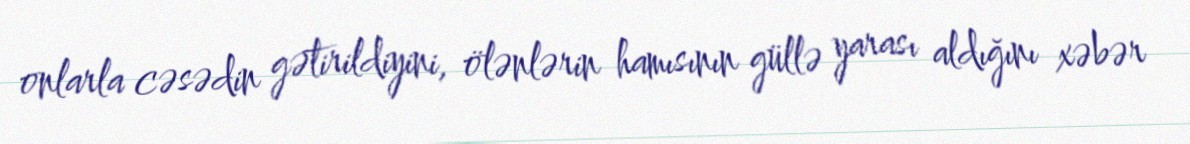
onlarla cəsədin gətirildiyini, ölənlərin hamısının güllə yarası aldığını xəbər